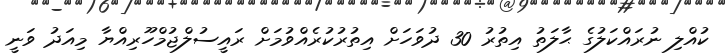
ކުއްލި ނުރައްކަލުގެ ޙާލަތު އިތުރު 30 ދުވަހަށް އިތުރުކުރެއްވުމަށް ރައީސުލްޖުމްހޫރިއްޔާ މިއަދު ވަނީ